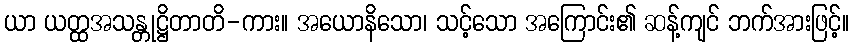
ယာ ယတ္ထအသန္တုဋ္ဌိတာတိ-ကား။ အယောနိသော၊ သင့်သော အကြောင်း၏ ဆန့်ကျင် ဘက်အားဖြင့်။